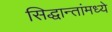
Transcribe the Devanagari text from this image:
सिद्धान्तांमध्ये